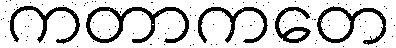
ကတာကတေ